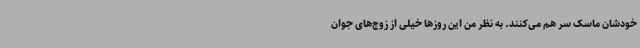
خودشان ماسک سر هم می‌کنند. به نظر من این روزها خیلی از زوج‌های جوان